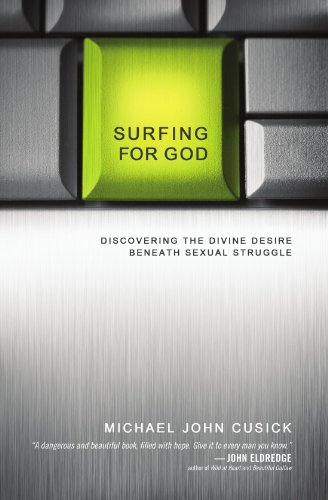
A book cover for Surfing for God: Discovering the Divine Desire Beneath Sexual Struggle; Michael John Cusick; Self-Help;